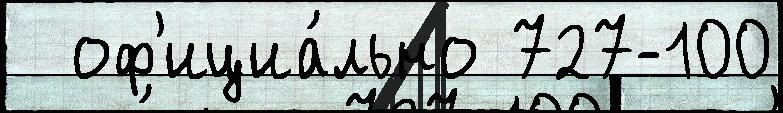
  оф'ициа́льно 727-100